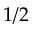
1 / 2